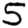
Digit: 5